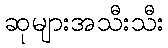
ဆုများအသီးသီး